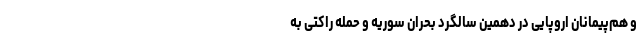
و هم‌پیمانان اروپایی در دهمین سالگرد بحران سوریه و حمله راکتی به